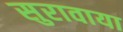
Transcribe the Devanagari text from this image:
सुरावाया